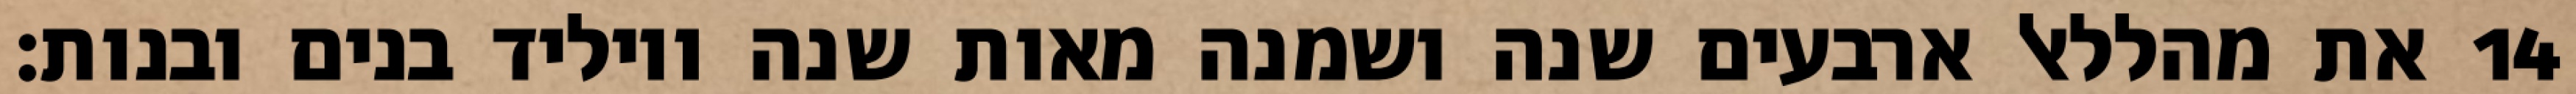
את מהללאל ארבעים שנה ושמנה מאות שנה ויוליד בנים ובנות׃ ‎14‏